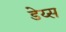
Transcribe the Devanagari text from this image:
डेय्स